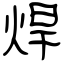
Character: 焊